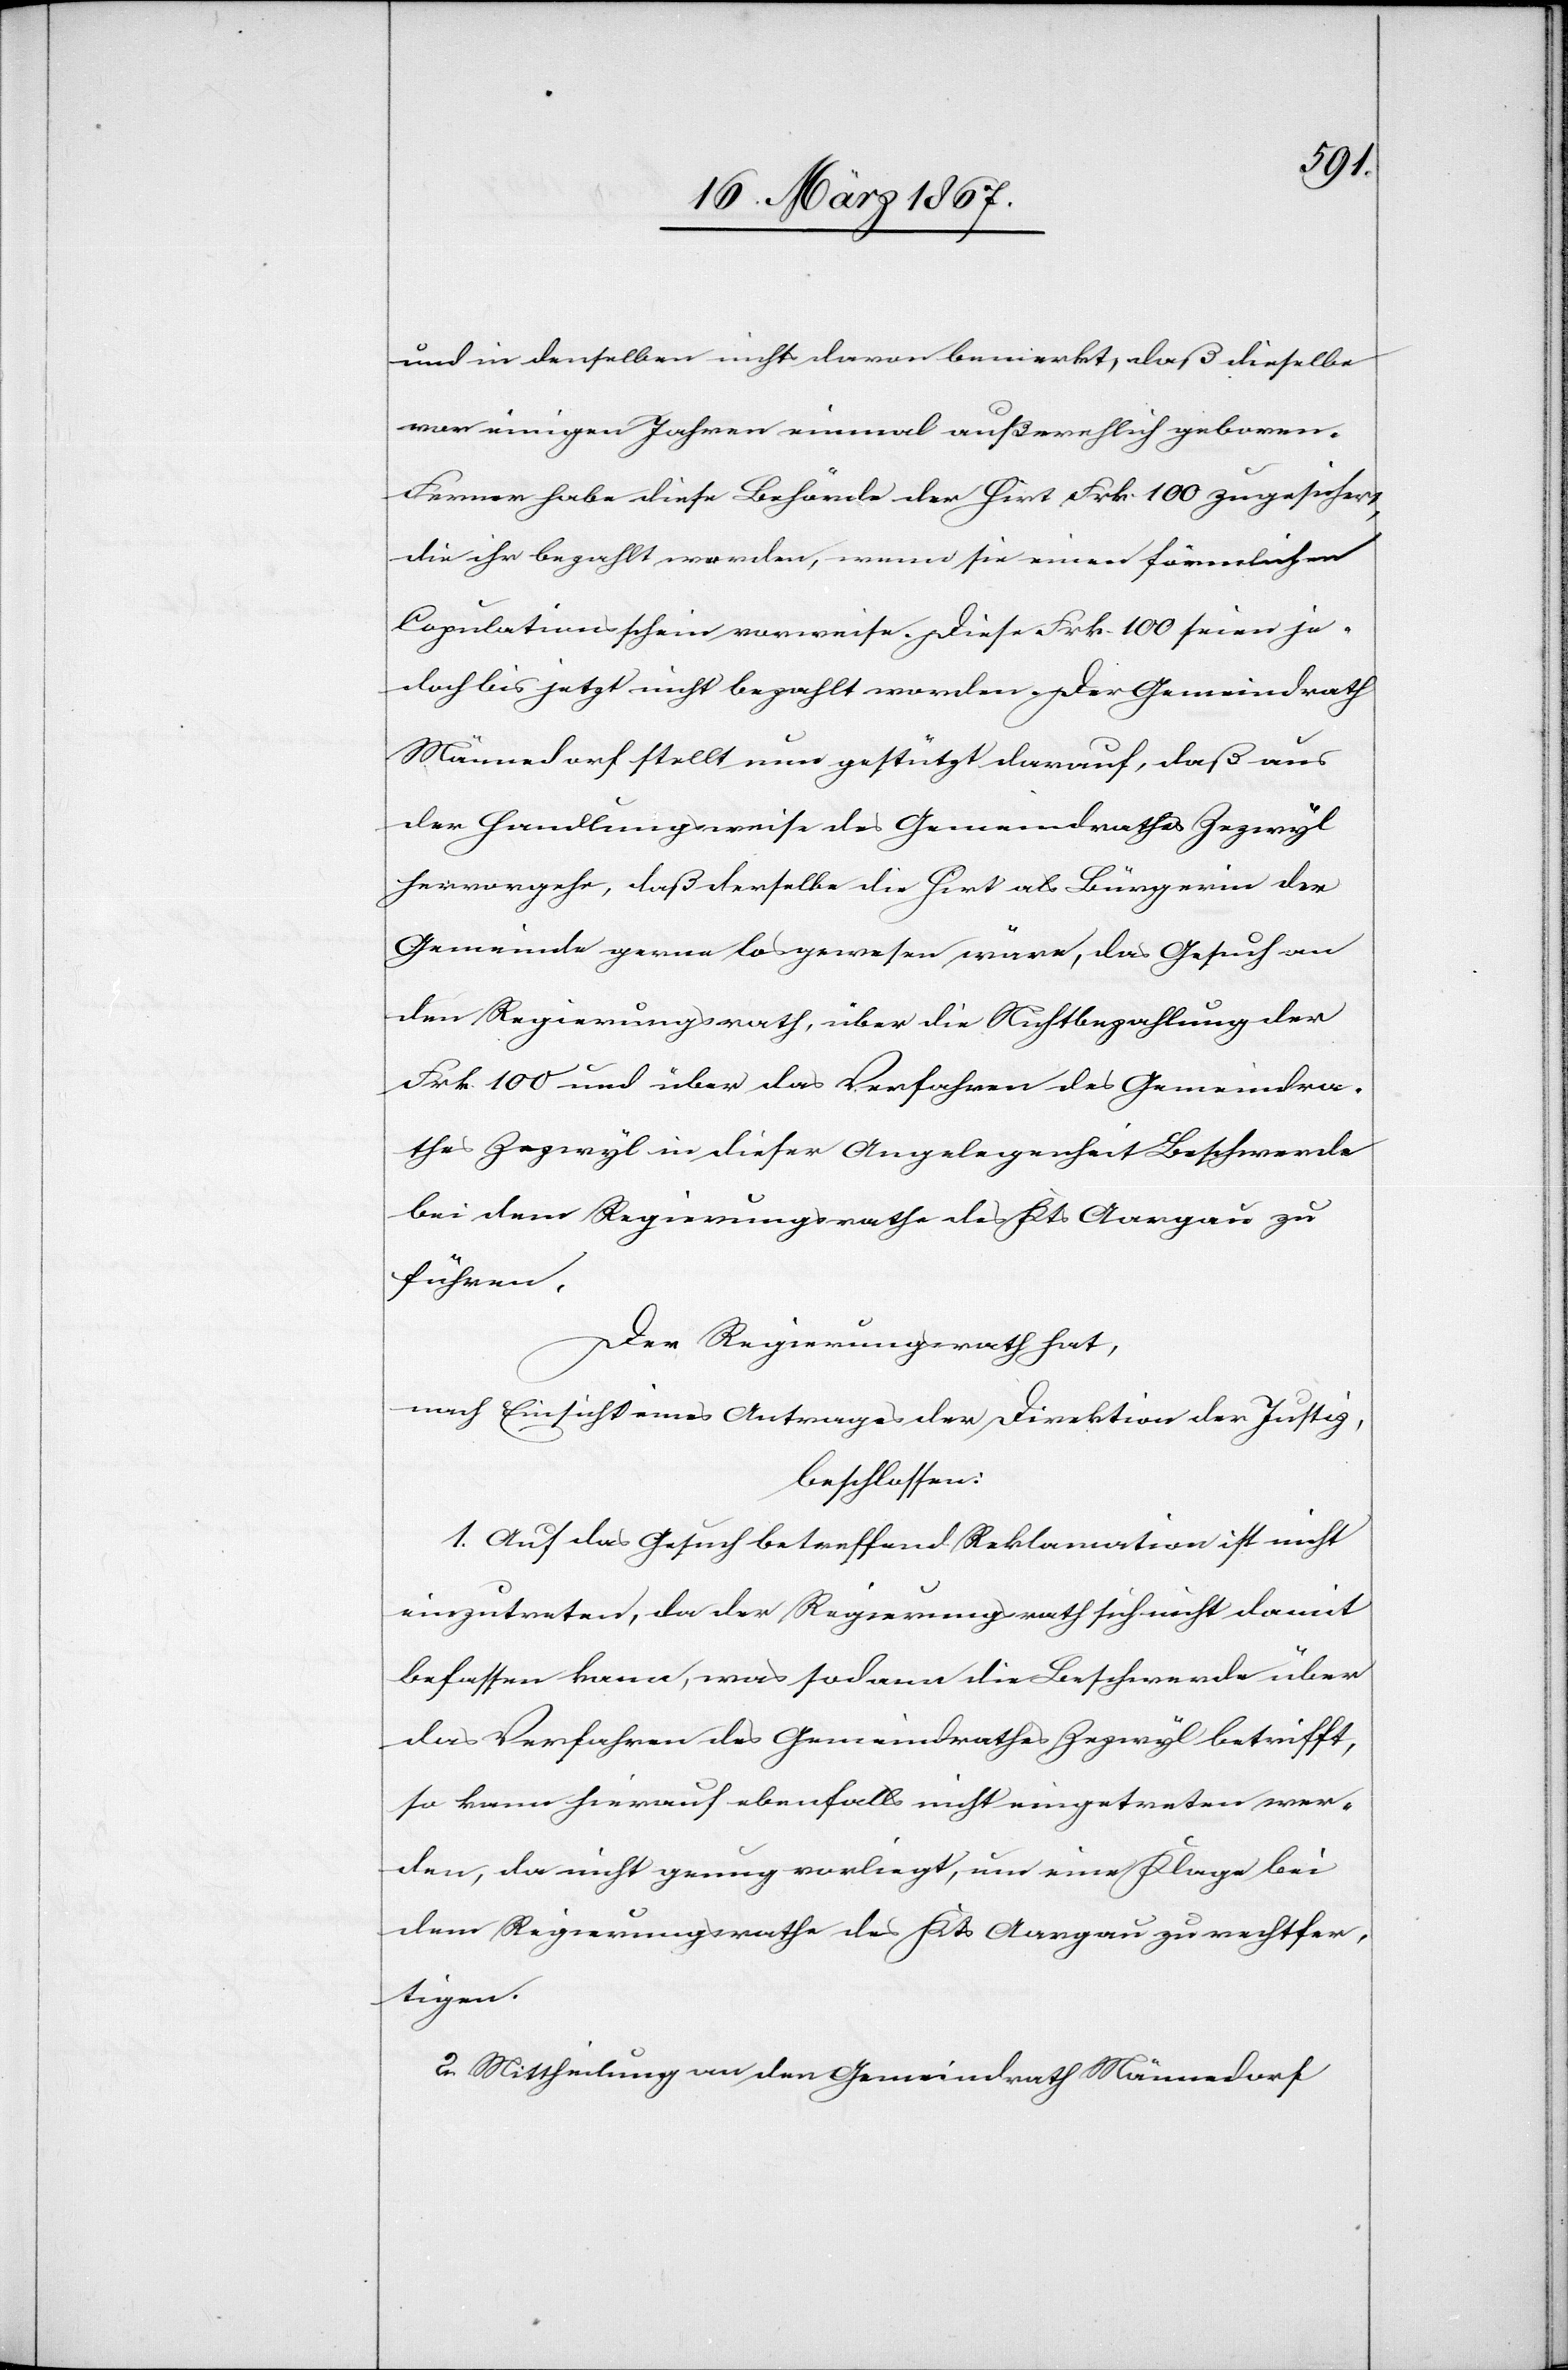
und in denselben nichts davon bemerkt, daß dieselbe
vor einigen Jahren einmal außerehlich geboren.
Ferner habe diese Behörde der Hirt Frk. 100 zugesichert,
die ihr bezahlt werden, wenn sie einen förmlichen
Copulationsschein vorweise. Diese Frk. 100 seien je¬
doch bis jetzt nicht bezahlt worden. Der Gemeindrath
Männedorf stellt nun gesetzt darauf, daß aus
der Handlungsweise des Gemeindrathes Zezwyl
hervorgehe, daß derselbe die Hirt als Bürgerin der
Gemeinde gerne losgewesen wäre, das Gesuch an
den Regierungsrath, über die Nichtbezahlung der
Frk. 100 und über das Verfahren des Gemeindra¬
thes Zezwyl in dieser Angelegenheit Beschwerde
bei dem Regierungsrathe des Kts Aargau zu
führen.
Der Regierungsrath hat,
nach Einsicht eines Antrages der Direktion der Justiz,
beschlossen:
1. Auf das Gesuch betreffend Reklamation ist nicht
einzutreten, da der Regierungsrath sich nicht damit
befassen kann, was sodann die Beschwerde über
das Verfahren des Gemeinderathes Zezwyl betrifft,
so kann hierauf ebenfalls nicht eingetreten wer¬
den, da nicht genug vorliegt, um eine Klage bei
dem Regierungsrathe des Kts Aargau zu rechtfer¬
tigen.
2. Mittheilung an den Gemeindrath Männedorf